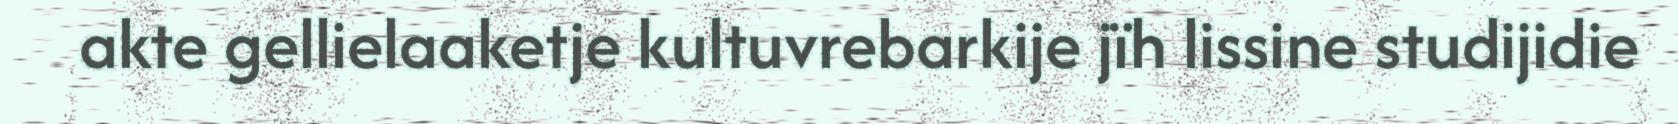
akte gellielaaketje kultuvrebarkije jïh lissine studijidie